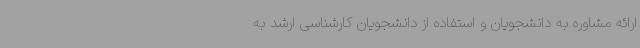
ارائه مشاوره به دانشجویان و استفاده از دانشجویان کارشناسی ارشد به